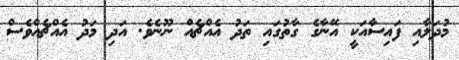
މުދަލާއި ފައިސާއަކީ އޭނާގެ ގާތުގައި ތަދު އެއްޗެއް ނޫނެވެ. އަދި މަދު އެއްޗެއްވެސް